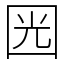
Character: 㘢